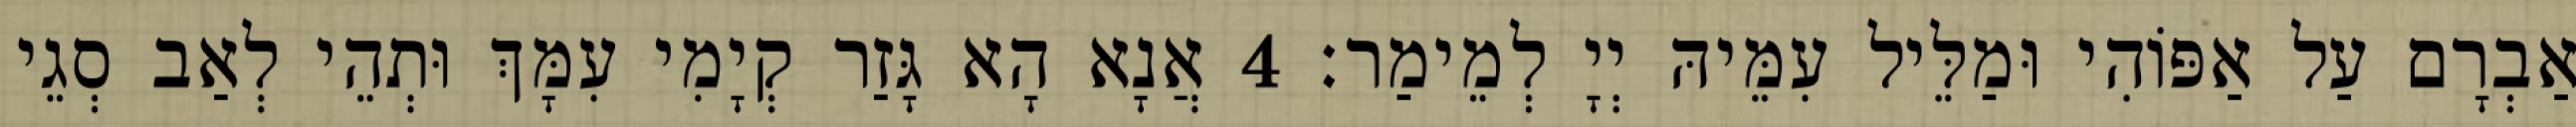
אַבְרָם עַל אַפּוֹהִי וּמַלֵּיל עִמֵּיהּ יְיָ לְמֵימַר׃ 4 אֲנָא הָא גָּזַר קְיָמִי עִמָּךְ וּתְהֵי לְאַב סְגֵי